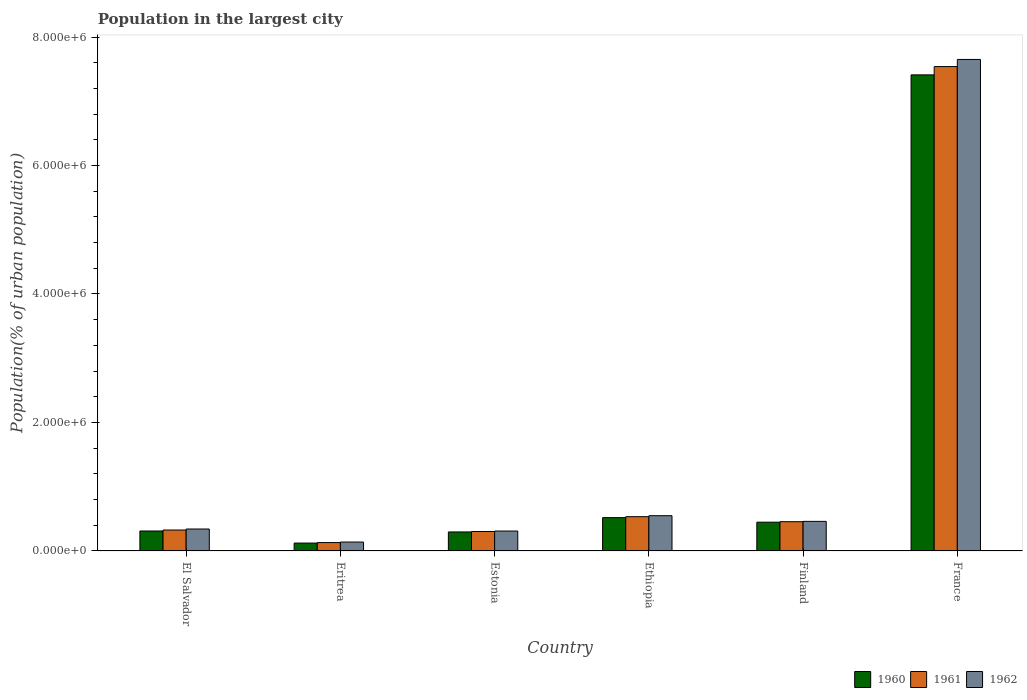
| Country | 1960 | 1961 | 1962 |
 | --- | --- | --- | --- |
 | El Salvador | 3.11e+05 | 3.26e+05 | 3.42e+05 |
 | Eritrea | 1.23e+05 | 1.31e+05 | 1.39e+05 |
 | Estonia | 2.96e+05 | 3.03e+05 | 3.1e+05 |
 | Ethiopia | 5.19e+05 | 5.34e+05 | 5.49e+05 |
 | Finland | 4.48e+05 | 4.55e+05 | 4.61e+05 |
 | France | 7.41e+06 | 7.54e+06 | 7.65e+06 |